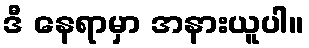
ဒီ နေရာမှာ အနားယူပါ။